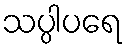
သပ္ပါပရေ